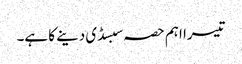
تیسرا اہم حصہ سبسڈی دینے کا ہے۔